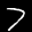
Label: 7